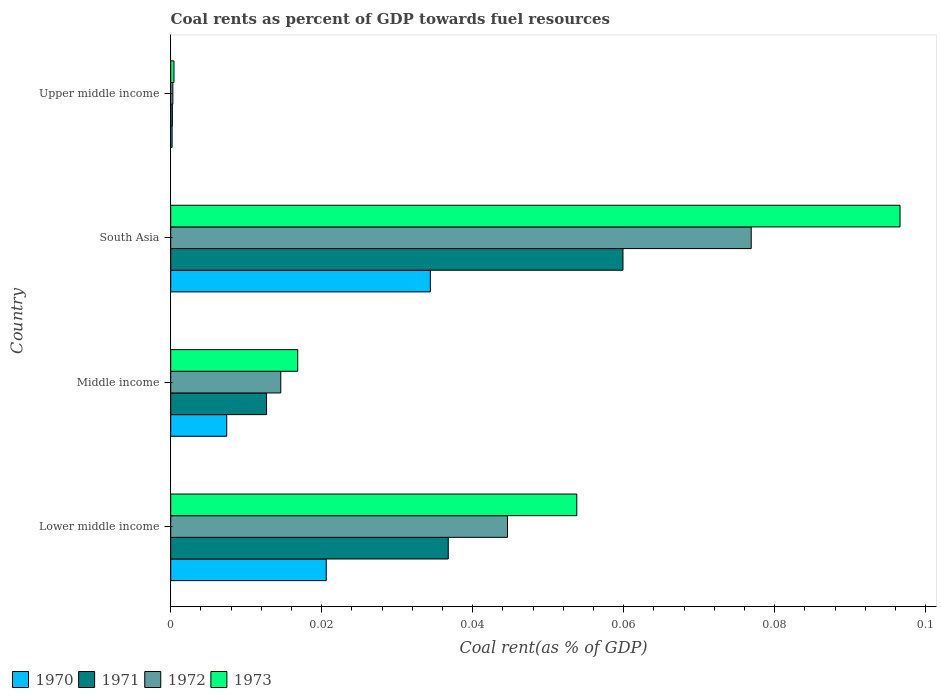
| Country | 1970 | 1971 | 1972 | 1973 |
 | --- | --- | --- | --- | --- |
 | Lower middle income | 0.0206 | 0.0368 | 0.0446 | 0.0538 |
 | Middle income | 0.00742 | 0.0127 | 0.0146 | 0.0168 |
 | South Asia | 0.0344 | 0.0599 | 0.0769 | 0.0966 |
 | Upper middle income | 0.000184 | 0.000219 | 0.000284 | 0.000431 |